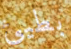
بطيئ